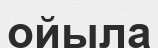
ойыла